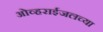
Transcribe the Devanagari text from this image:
ओव्हराईजलच्या